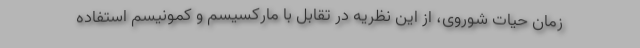
زمان حیات شوروی، از این نظریه در تقابل با مارکسیسم و کمونیسم استفاده